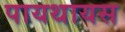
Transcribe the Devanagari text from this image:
पायथायस